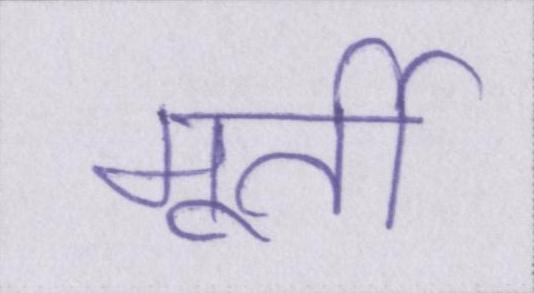
मूर्ती